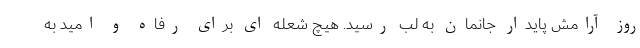
روز آرامش پايدار جانمان به لب رسید. هیچ شعله ای برای رفاه و امید به